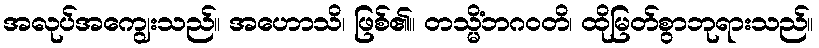
အလုပ်အကျွေးသည်။ အဟောသိ၊ ဖြစ်၏။ တသ္မိံဘဂဝတိ၊ ထိုမြတ်စွာဘုရားသည်။